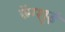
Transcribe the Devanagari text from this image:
फेंग्शुई